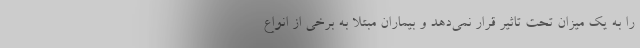
را به یک میزان تحت تاثیر قرار نمی‌دهد و بیماران مبتلا به برخی از انواع